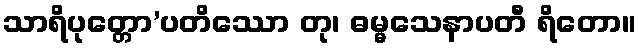
သာရိပုတ္တော’ပတိဿော တု၊ ဓမ္မသေနာပတီ ရိတော။